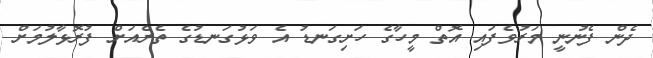
ދެން ފެނުނީ މަރުވެފައި އޮތް މީހާގެ ހަށިގަނޑު އެ ވަޅުގަނޑުގެ ތެރެއަށް ފުރޮޅާލުމަށް